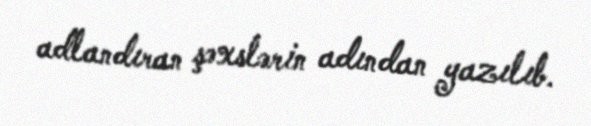
adlandıran şəxslərin adından yazılıb.